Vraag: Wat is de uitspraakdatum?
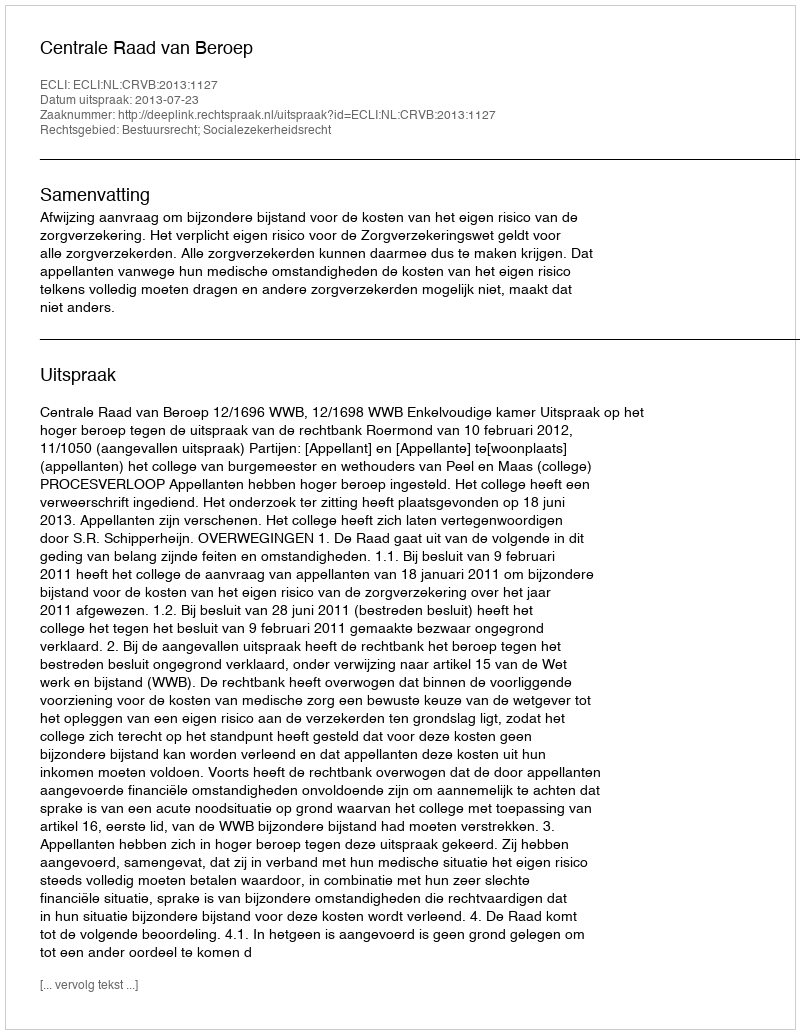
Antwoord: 2013-07-23